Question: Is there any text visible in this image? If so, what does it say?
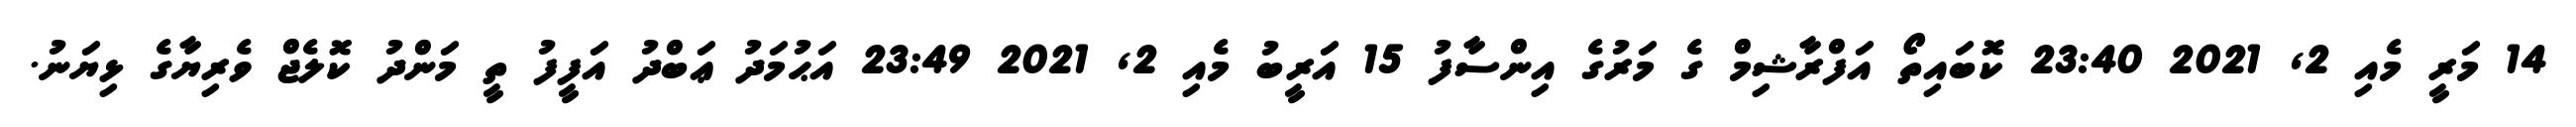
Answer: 14 މަރީ މެއި 2, 2021 23:40 ކޮބައިތޯ އަފްރާޝިމް ގެ މަރުގެ އިންސާފު 15 އަރީބު މެއި 2, 2021 23:49 އަޙުމަދު ޢަބްދު އަފީފު ތީ މަންދު ކޮލެޖް ވެރިޔާގެ ޅިޔަނު.